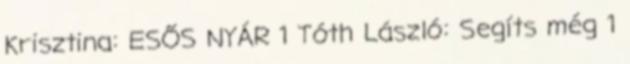
Krisztina: ESŐS NYÁR 1 Tóth László: Segíts még 1